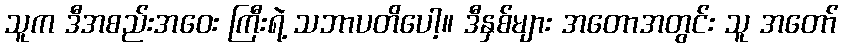
သူက ဒီအစည်းအဝေး ကြီးရဲ့ သဘာပတိပေါ့။ ဒီနှစ်များ အတောအတွင်း သူ အတော်